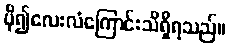
ပို၍လေးလံကြောင်းသိရှိရသည်။